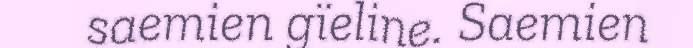
saemien gïeline. Saemien